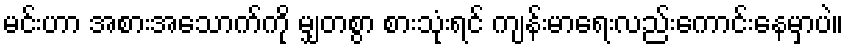
မင်းဟာ အစားအသောက်ကို မျှတစွာ စားသုံးရင် ကျန်းမာရေးလည်းကောင်းနေမှာပဲ။